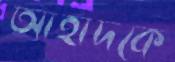
আহাদকে